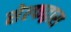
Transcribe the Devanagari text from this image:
सेल्फद्वारा